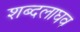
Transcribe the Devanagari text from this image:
शब्दलाघव